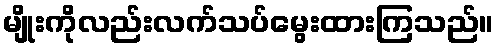
မျိုးကိုလည်းလက်သပ်မွေးထားကြသည်။